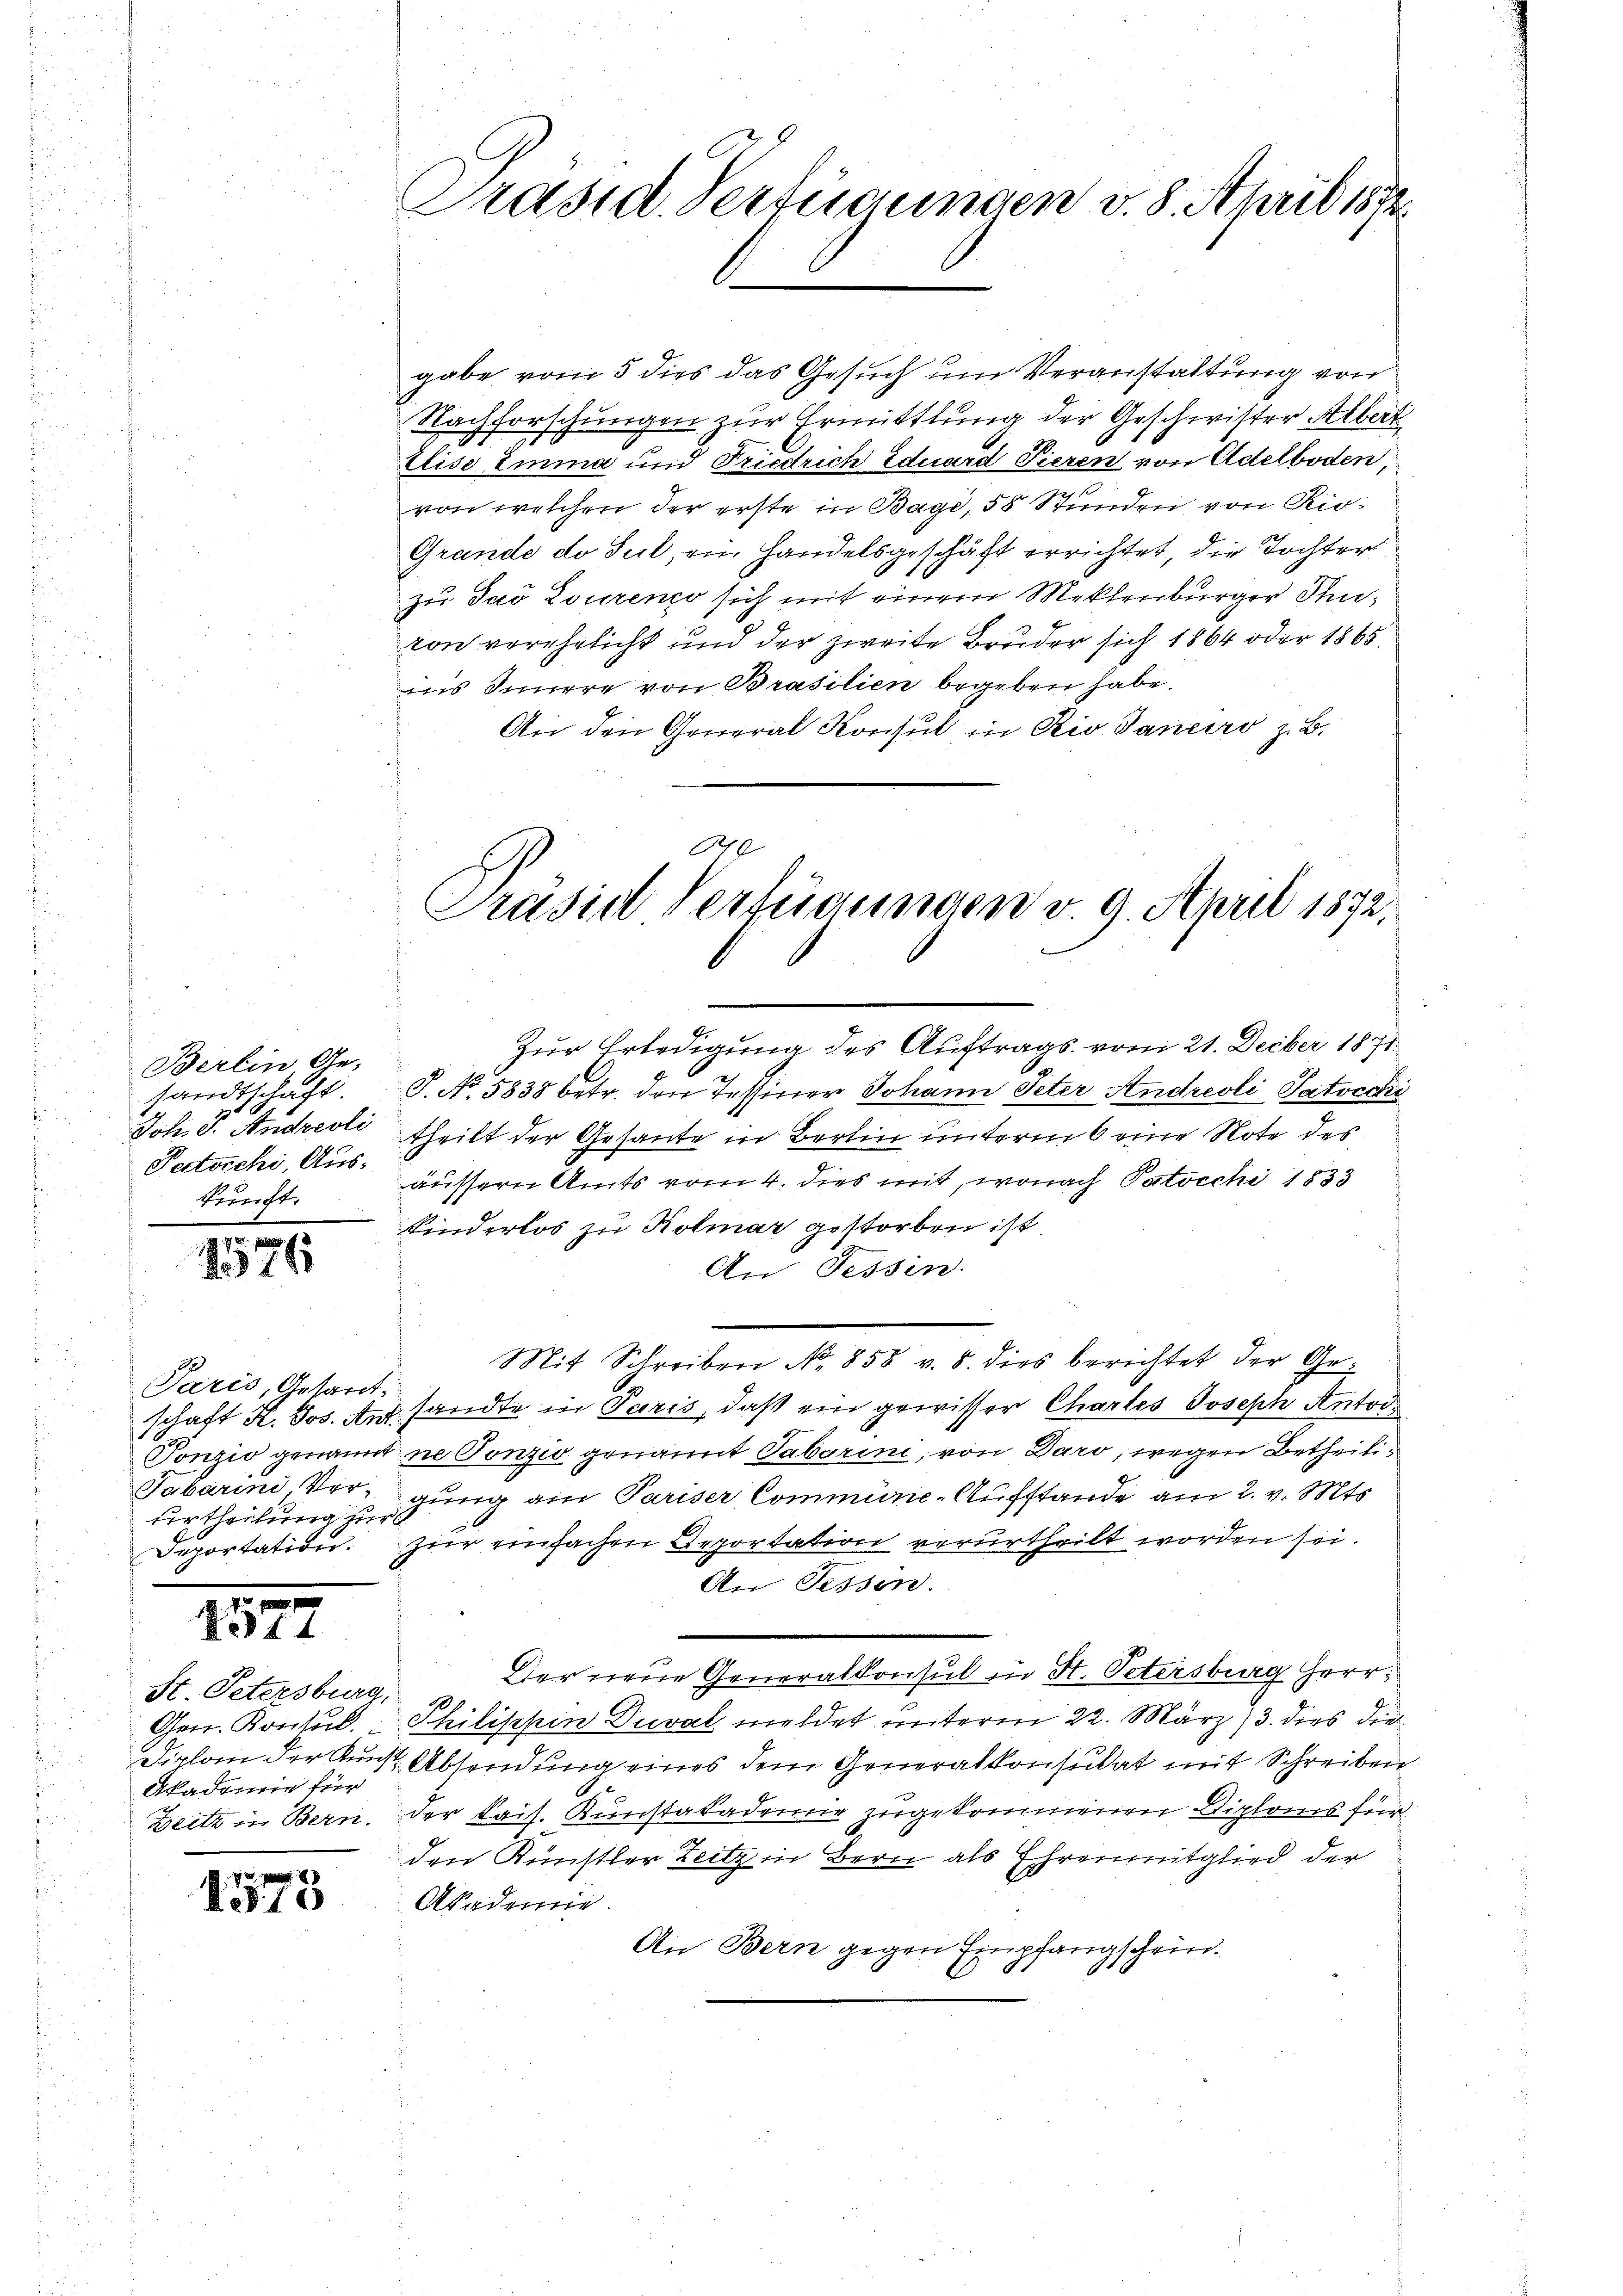
Berlin, Ge-
sandtschaft
Joh. J. Andreoli
Petocchi, Auskunft.

1576

Paris, Gesant.
schaft H. Jos. Ant.
Tonzio genannt
Tabarini Ver-
urtheilung zur
Deportation.

1577

St. Petersburg,
Gen. Kontul.
Diplom der Kunz
Akademie für
Zeitz in Bern.

p
No 10

Präsid. Verfügungen v. 8. April 1872.

gabe vom 5 dies das Gesuch um Veranstattung von
Nachforschungen zur Ermittlung der Geschwister Albert
Elise Emma und Friedrich Eduard Tieren von Adelboden,
von welchen der erste in Bage, 58 Stunden von Rio¬
Grande de Sul, ein Handelsgeschäft errichtet, die Tochter
zu das Louren sich mit einem Meklenburger Juton verehelicht und der zweite Bruder sich 1864 oder 1865.
us Innere von Brasilien begeben habe.
An den General Konsul in Rio Janeiro z. B.

Präsid Verfügungen v. 9. April 1872,

J. No. 5838 betr. den Tessiner Johann Peter Andreoli Patrecki
theilt der Gesante in Berlin unterm 6 eine Note des
äussern Amts vom 4. dies mit, wonach Patocchi 1833
Kinderlos zu Kolmar gestorben ist
An Tessin.
Mit Schreiben No 858 v. 5. dies berichtet der Ge¬
7. sandte in Paris, daß ein gewisser Chartes Joseph Antoi
ne Tonzio genannt Tabarini, von Daro, wegen Betheiligung ain Pariser Commüne-Aufstande am 2. v. Mts.
zur einfachen Deportation verurtheilt worden sei.
An Sessen.
Der neue Generalkonsul in St. Petersburg herr¬
Philischen Duval meldet unterm 22. März 3. dies die
2 Absendung eines dem Generalkonsulat mit Schreiben
.
der Kais. Kunstakademie zugekommenen Diploms für
den Künstler Zeitz in Bern als Ehrenmitglied der
Akademie
An Bern gegen Empfangschein.

Zur Erledigung des Auftrags vom 21. Decber 1871